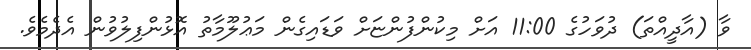
ވާ (އާދީއްތަ) ދުވަހުގެ 11:00 އަށް މިކުންފުންޏަށް ވަޑައިގެން މަޢުލޫމާތު އޮޅުންފިލުވުން އެދެމެވެ.